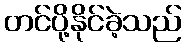
တင်ပို့နိုင်ခဲ့သည်